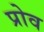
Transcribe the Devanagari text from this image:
प्रोव